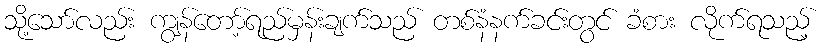
သို့သော်လည်း ကျွန်တော့်ရည်မှန်းချက်သည် တစ်နံနက်ခင်းတွင် ခံစား လိုက်ရသည့်